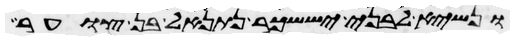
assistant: ונשיא לבני יששכר נתנאל בן צוער